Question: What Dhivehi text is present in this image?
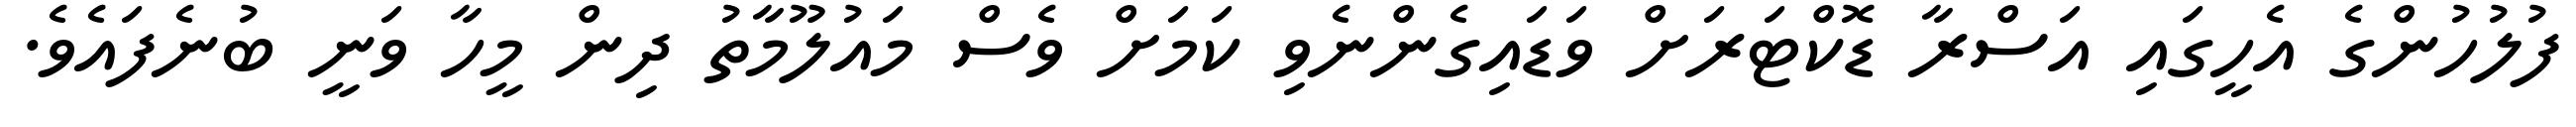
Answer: ފުލުހުންގެ އެހީގައި އަސްރާ ޑޮކްޓަރަށް ވަޑައިގެންނެވި ކަމަށް ވެސް މައުލޫމާތު ދިން މީހާ ވަނީ ބުނެފައެވެ.